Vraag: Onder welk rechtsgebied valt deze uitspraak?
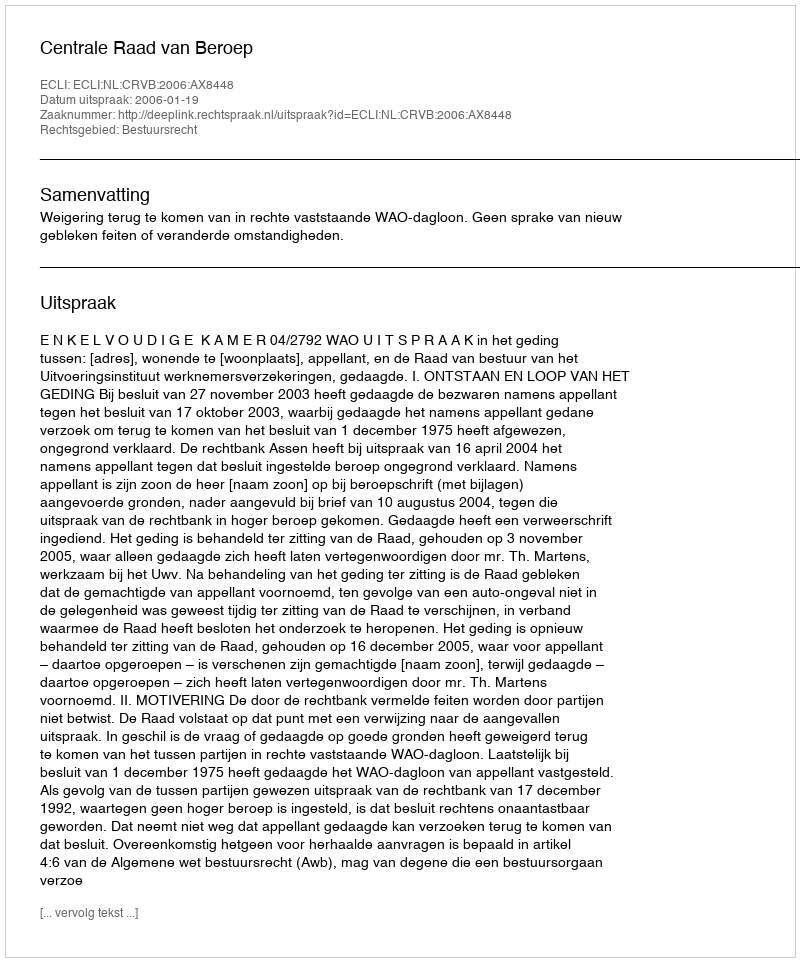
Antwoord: Bestuursrecht